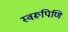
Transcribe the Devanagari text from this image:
स्वरूपिणि